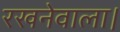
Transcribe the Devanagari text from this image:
रखनेवाला।